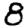
Digit: 8